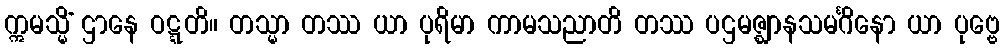
ဣမသ္မိံ ဌာနေ ဝဋ္ဋတိ။ တသ္မာ တဿ ယာ ပုရိမာ ကာမသညာတိ တဿ ပဌမဇ္ဈာနသမင်္ဂိနော ယာ ပုဗ္ဗေ